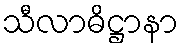
သီလာဓိဋ္ဌာနာ